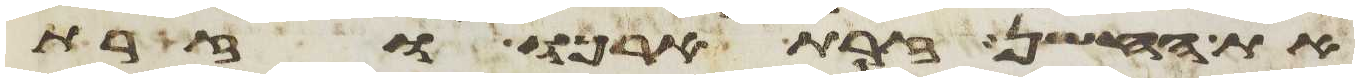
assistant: את החשן זרת ארכו וזרת